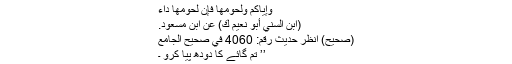
وإياكم ولحومها فإن لحومها داء
(ابن السني أبو نعيم ك) عن ابن مسعود.
(صحيح) انظر حديث رقم: 4060 في صحيح الجامع
’’ تم گائے کا دودھ پیا کرو ۔